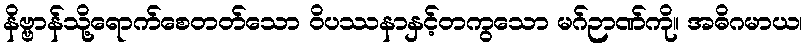
နိဗ္ဗာန်သို့ရောက်စေတတ်သော ဝိပဿနာနှင့်တကွသော မဂ်ဉာဏ်ကို။ အဓိဂမာယ၊